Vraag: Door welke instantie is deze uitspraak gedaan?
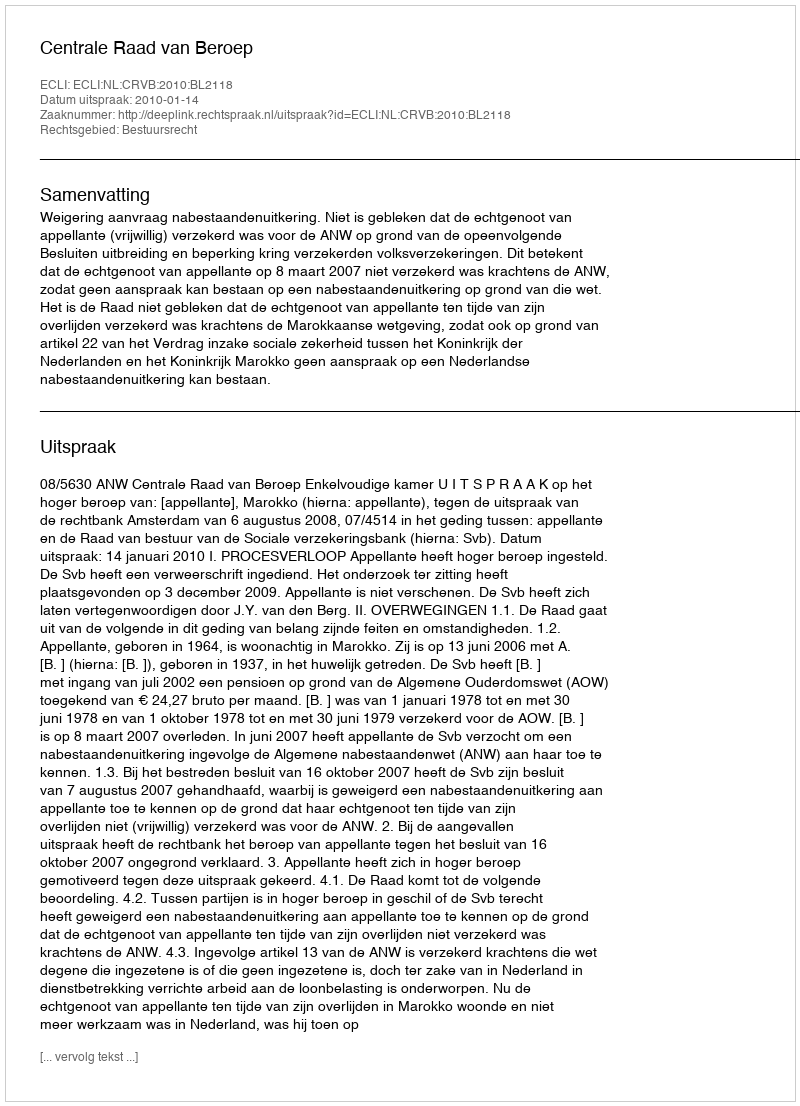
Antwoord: Centrale Raad van Beroep